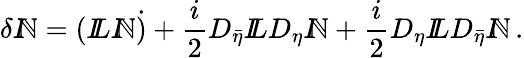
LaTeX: \delta{I\! \! \mathbb{N}}=({I\! \! L}{I\! \! \mathbb{N}}\dot{{)}}+\frac{{i}}{{2}}D_{\bar{{\eta}}}{I\! \! L}D_{\eta}{I\! \! \mathbb{N}}+\frac{{i}}{{2}}D_{\eta}{I\! \! L}D_{\bar{{\eta}}}{I\! \! \mathbb{N}}\, .